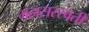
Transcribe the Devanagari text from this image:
महासरस्‍वती